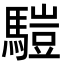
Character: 𩥉